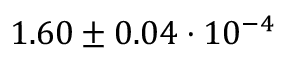
1 . 6 0 \pm 0 . 0 4 \cdot 1 0 ^ { - 4 }